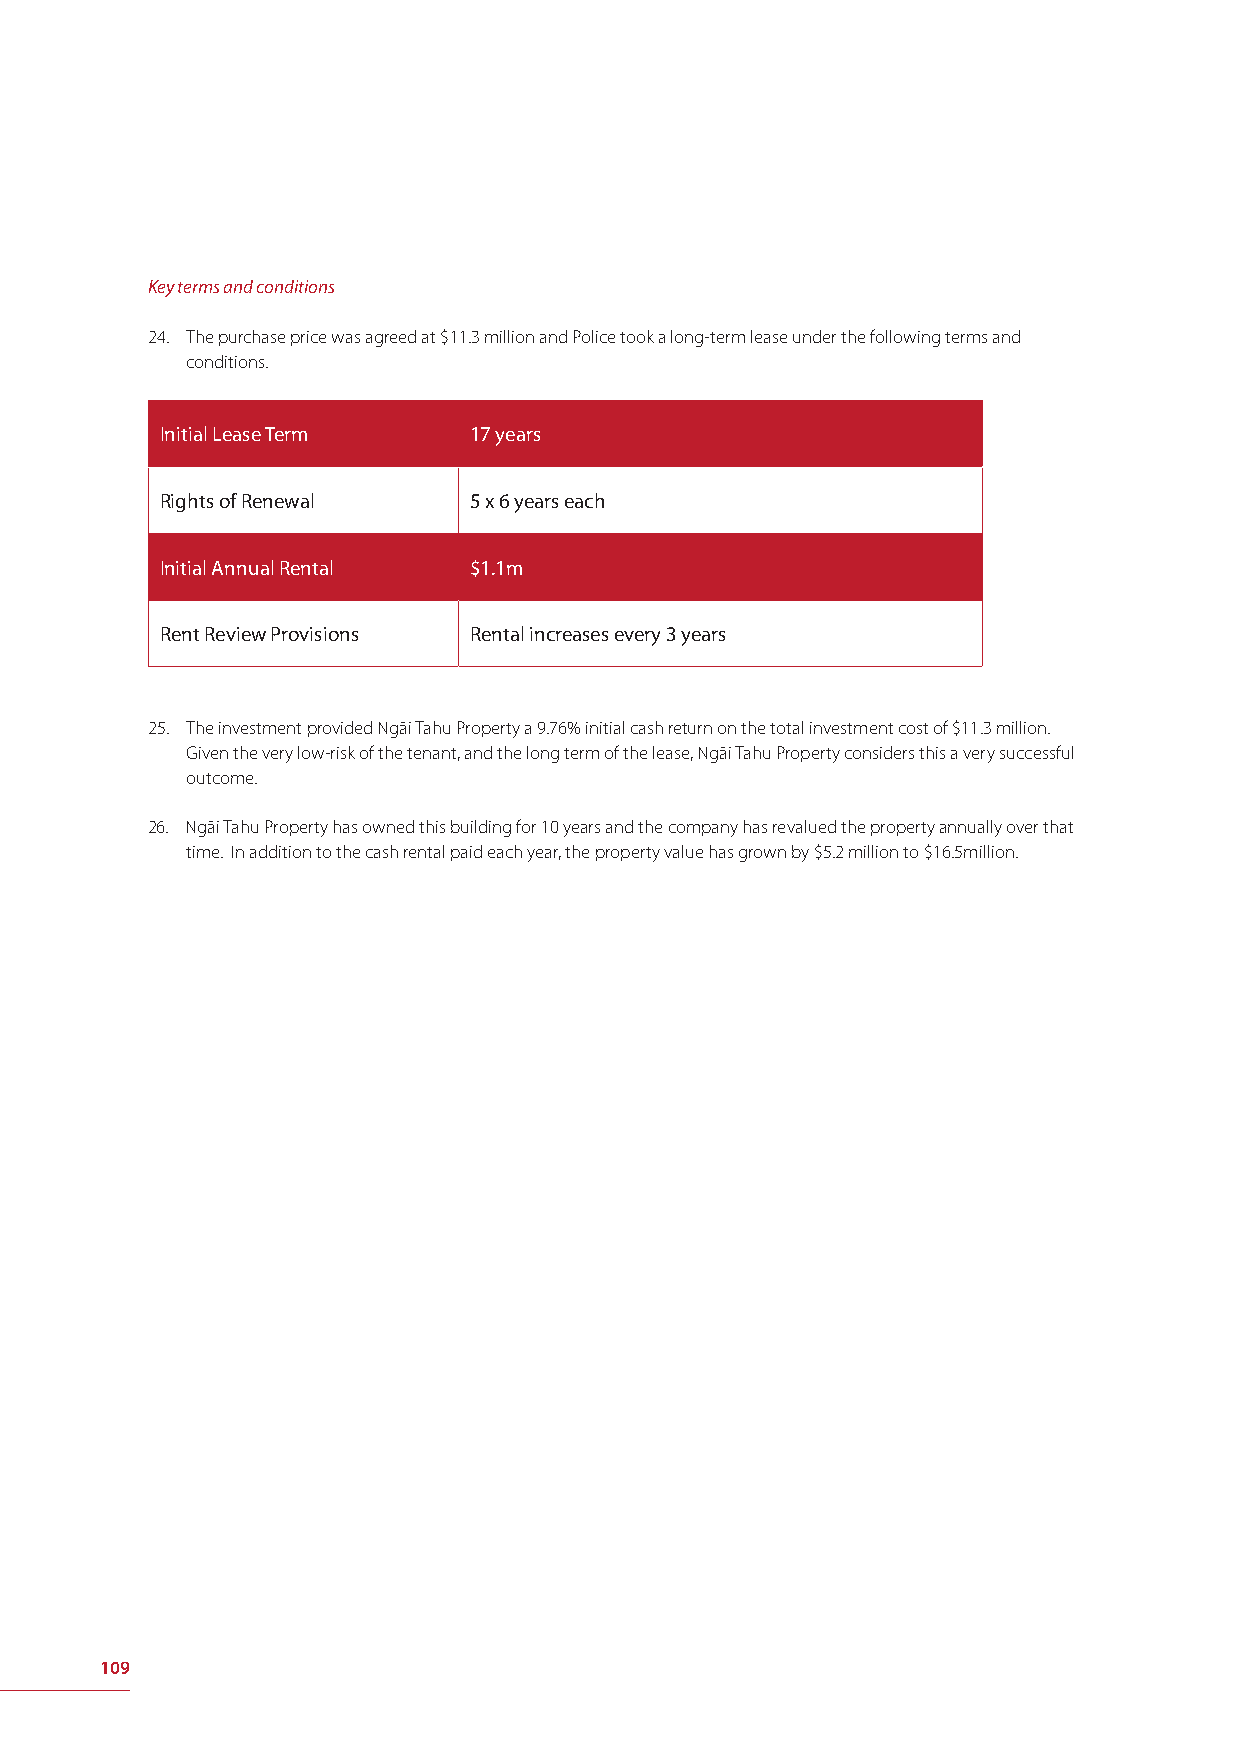
Key terms and conditions
 24. The purchase price was agreed at $11.3 million and Police took a long-term lease under the following terms and
 conditions.
 Initial Lease Term  17 years
 Rights of Renewal   5 x 6 years each
 Initial Annual Rental $1.1m
 Rent Review Provisions Rental increases every 3 years
 25. The investment provided Ngāi Tahu Property a 9.76% initial cash return on the total investment cost of $11.3 million.
 Given the very low-risk of the tenant, and the long term of the lease, Ngāi Tahu Property considers this a very successful
 outcome.
 26. Ngāi Tahu Property has owned this building for 10 years and the company has revalued the property annually over that
 time. In addition to the cash rental paid each year, the property value has grown by $5.2 million to $16.5million.
 109